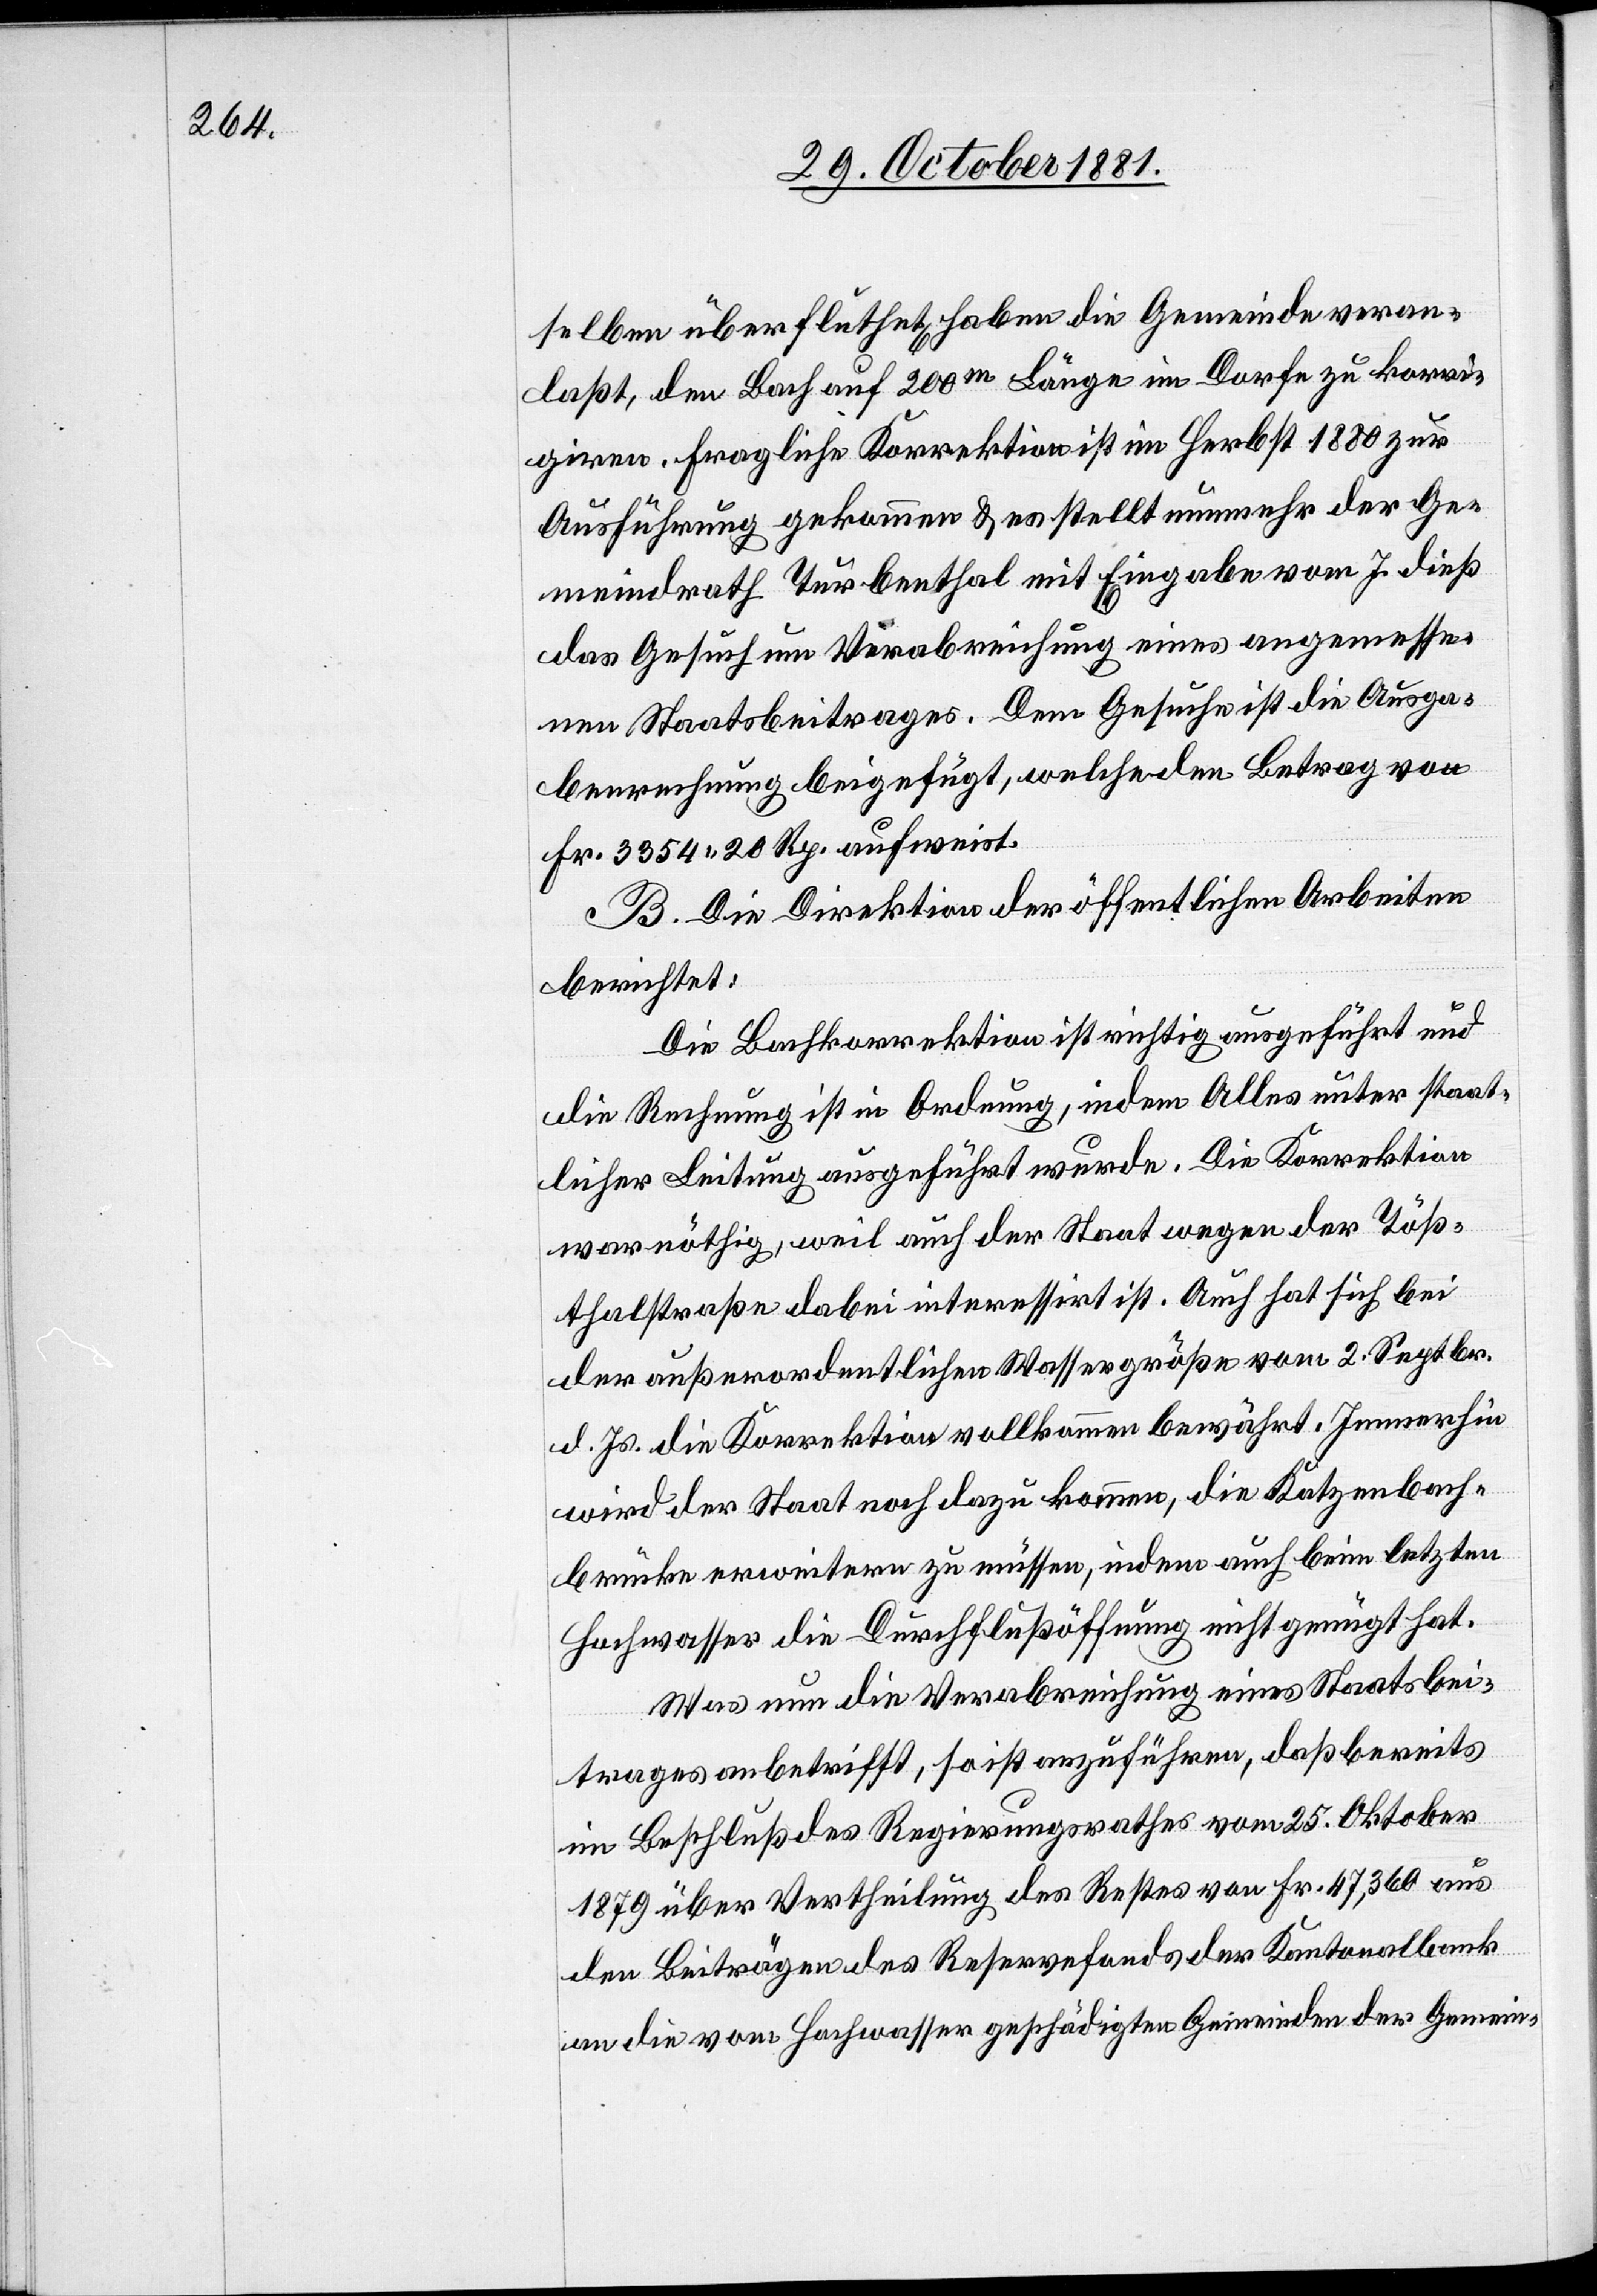
selben überfluthet, haben die Gemeinde veran¬
laßt, den Lauf auf 200m Länge im Dorfe zu korri¬
giren. Fragliche Korrektion ist im Herbst 1880 zur
Ausführung gekommen & es stellt nunmehr der Ge¬
meindrath Turbenthal mit Eingabe vom 7. dieß.
das Gesuch um Verabreichung eines angemesse¬
nen Staatsbeitrages. Dem Gesuche ist die Ausga¬
berechnung beigefügt, welche den Betrag von
Fr. 3354 20 Rp. aufweist.
B. Die Direktion der öffentlichen Arbeiten
berichtet:
Die Bachkorrektion ist richtig ausgeführt und
die Rechnung ist in Ordnung, indem Alles unter staat¬
licher Leitung ausgeführt wurde. Die Korrektion
war nöthig, weil auch der Staat wegen der Töß¬
thalstraße dabei interessirt ist. Auch hat sich bei
der außerordentlichen Wassergröße vom 2. Septbr.
d. Js. die Korrektion vollkommen bewährt. Immerhin
wird der Staat noch dazu kommen, die Katzenbach¬
brücke erweitern zu müssen, indem auch beim letzten
Hochwasser die Durchflußöffnung nicht genügt hat.
Was nun die Verabreichung eines Staatsbei¬
trages anbetrifft, so ist anzuführen, daß bereits
im Beschluß des Regierungsrathes vom 25. Oktober
1879 über Vertheilung des Rechtes von Fr. 47,360 aus
den Beiträgen des Reservefonds der Kantonalbank
an die vom Hochwasser geschädigten Gemeinden der Gemein-